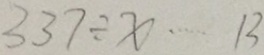
3 3 7 \div x \cdots 1 3